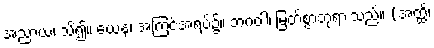
အညာယ၊ သိ၍။ ယေန၊ အကြင်အရပ်၌။ ဘဂဝါ၊ မြတ်စွာဘုရားသည်။ (အတ္ထိ၊